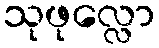
သုဖုလ္လော